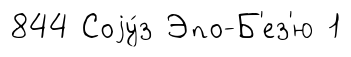
844 Соjу́з Эпо-Б'ез'ю 1